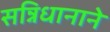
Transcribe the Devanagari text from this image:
सन्निधानाने